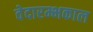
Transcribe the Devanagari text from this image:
वेदारम्भकाल